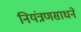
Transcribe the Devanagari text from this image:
नियंत्रणसाधने